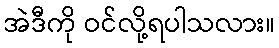
အဲဒီကို ဝင်လို့ရပါသလား။